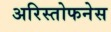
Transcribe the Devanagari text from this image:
अरिस्तोफनेस